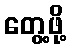
တွေ့ဖို့